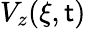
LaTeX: V_{z}(\xi,\mathsf{t})